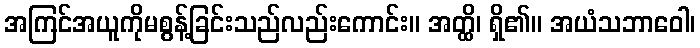
အကြင်အယူကိုမစွန့်ခြင်းသည်လည်းကောင်း။ အတ္ထိ၊ ရှိ၏။ အယံသဘာဝေါ၊